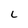
Character: C